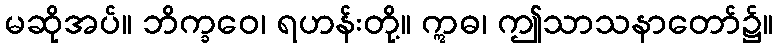
မဆိုအပ်။ ဘိက္ခဝေ၊ ရဟန်းတို့။ ဣဓ၊ ဤသာသနာတော်၌။